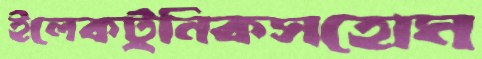
ইলেকট্রনিকসহোম